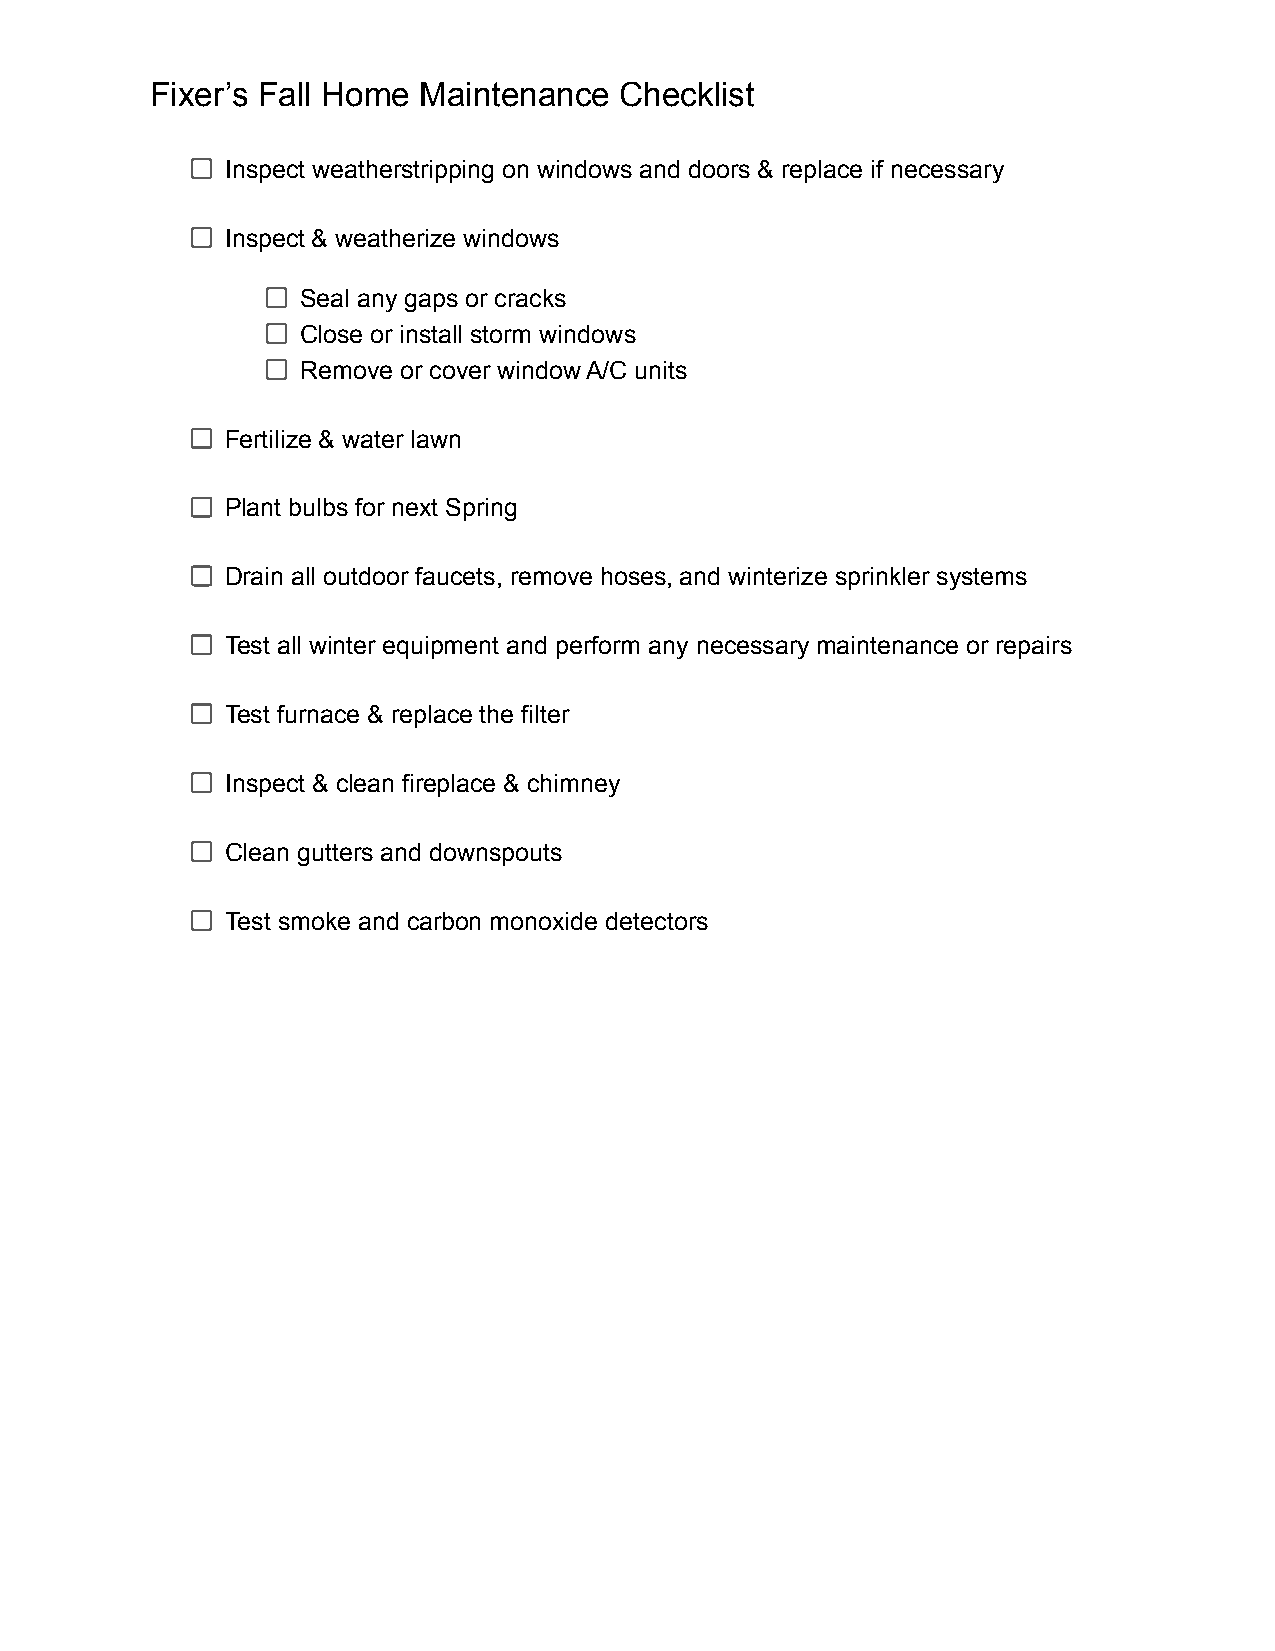
Fixer’s Fall Home Maintenance  Checklist
 Inspect weatherstripping on windows and doors & replace if necessary
 Inspect & weatherize windows
 Seal any gaps or cracks
 Close or install storm windows
 Remove or cover window A/C units
 Fertilize & water lawn
 Plant bulbs for next Spring
 Drain all outdoor faucets, remove hoses, and winterize sprinkler systems
 Test all winter equipment and perform any necessary maintenance or repairs
 Test furnace & replace the filter
 Inspect & clean fireplace & chimney
 Clean gutters and downspouts
 Test smoke and carbon monoxide detectors